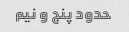
حدود پنج و نیم